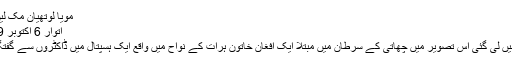
مویا لوتھیان مک لین دی انڈپینڈنٹ
اتوار 6 اکتوبر 2019 10:00
اپریل 2014 میں لی گئی اس تصویر میں چھاتی کے سرطان میں مبتلا ایک افغان خاتون ہرات کے نواح میں واقع ایک ہسپتال میں ڈاکٹروں سے گفتگو کر رہی ہیں۔